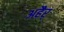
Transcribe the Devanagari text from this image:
अहैर्